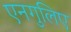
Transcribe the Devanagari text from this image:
एनगुलिए